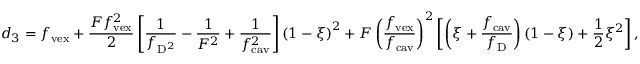
d _ { 3 } = f _ { \mathrm { v e x } } + \frac { F f _ { \mathrm { v e x } } ^ { 2 } } { 2 } \left[ \frac { 1 } { f _ { \mathrm { D } ^ { 2 } } } - \frac { 1 } { F ^ { 2 } } + \frac { 1 } { f _ { \mathrm { c a v } } ^ { 2 } } \right] \left( 1 - \xi \right) ^ { 2 } + F \left( \frac { f _ { \mathrm { v e x } } } { f _ { \mathrm { c a v } } } \right) ^ { 2 } \left[ \left( \xi + \frac { f _ { \mathrm { c a v } } } { f _ { \mathrm { D } } } \right) \left( 1 - \xi \right) + \frac { 1 } { 2 } \xi ^ { 2 } \right] ,